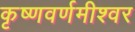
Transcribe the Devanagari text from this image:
कृष्णवर्णमीश्वर